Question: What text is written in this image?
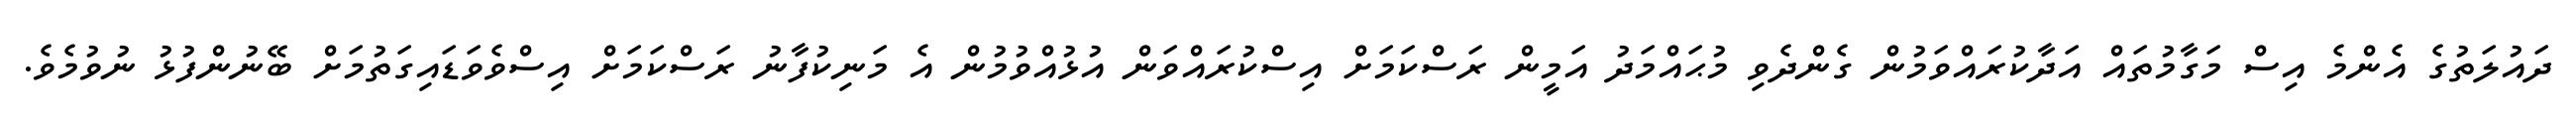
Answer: ދައުލަތުގެ އެންމެ އިސް މަގާމުތައް އަދާކުރައްވަމުން ގެންދެވި މުޙައްމަދު އަމީން ރަސްކަމަށް އިސްކުރައްވަން އުޅުއްވުމުން އެ މަނިކުފާނު ރަސްކަމަށް އިސްވެވަޑައިގަތުމަށް ބޭނުންފުޅު ނުވުމެވެ.